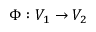
\Phi : V _ { 1 } \to V _ { 2 }